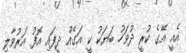
އެއީ އޭގެ ކުރީ ދުވަހު ބަޔަކު ކީ އަގެއް ދީފައި އޮފު އަރުވާލި